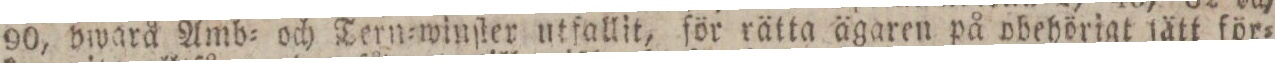
90, dwarå Amb= och Tern=winſter utfallit, för rätta ägaren på obehörigt fätt för=